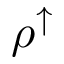
\rho ^ { \uparrow }